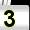
Digit: 3